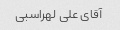
آقای علی لهراسبی